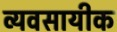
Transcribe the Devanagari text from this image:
व्यवसायीक